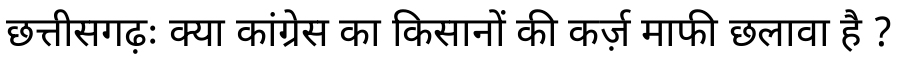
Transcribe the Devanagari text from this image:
छत्तीसगढ़ः क्या कांग्रेस का किसानों की कर्ज़ माफी छलावा है ?